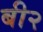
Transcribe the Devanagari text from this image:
बी२